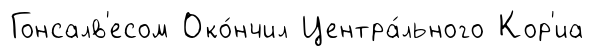
Гонсалв'есом Око́нчил Центра́льного Кор'иа